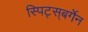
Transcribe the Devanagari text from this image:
स्पिट्स्‌बर्गेन